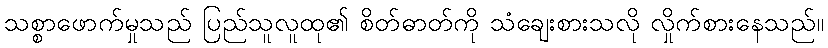
သစ္စာဖောက်မှုသည် ပြည်သူလူထု၏ စိတ်ဓာတ်ကို သံချေးစားသလို လှိုက်စားနေသည်။